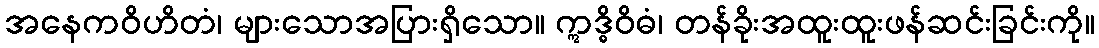
အနေကဝိဟိတံ၊ များသောအပြားရှိသော။ ဣဒ္ဓိဝိဓံ၊ တန်ခိုးအထူးထူးဖန်ဆင်းခြင်းကို။